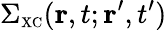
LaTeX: \Sigma_{\scriptscriptstyle\mathrm{XC}}({\mathbf r},t;{\mathbf r}^{\prime},t^{\prime})